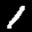
Label: 1